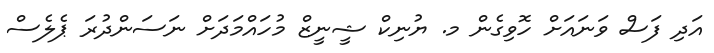
އަދި ފަސް ވަނައަށް ހޮވިގެން މ. ޔުނިކް ޝީނީޒް މުހައްމަދަށް ނަސަންދުރަ ޕެލެސް